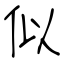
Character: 似